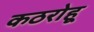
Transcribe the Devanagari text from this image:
कठरोहू